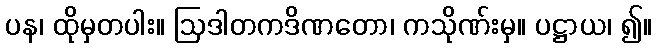
ပန၊ ထိုမှတပါး။ ဩဒါတကဒိဏတော၊ ကသိုဏ်းမှ။ ပဋ္ဌာယ၊ ၍။